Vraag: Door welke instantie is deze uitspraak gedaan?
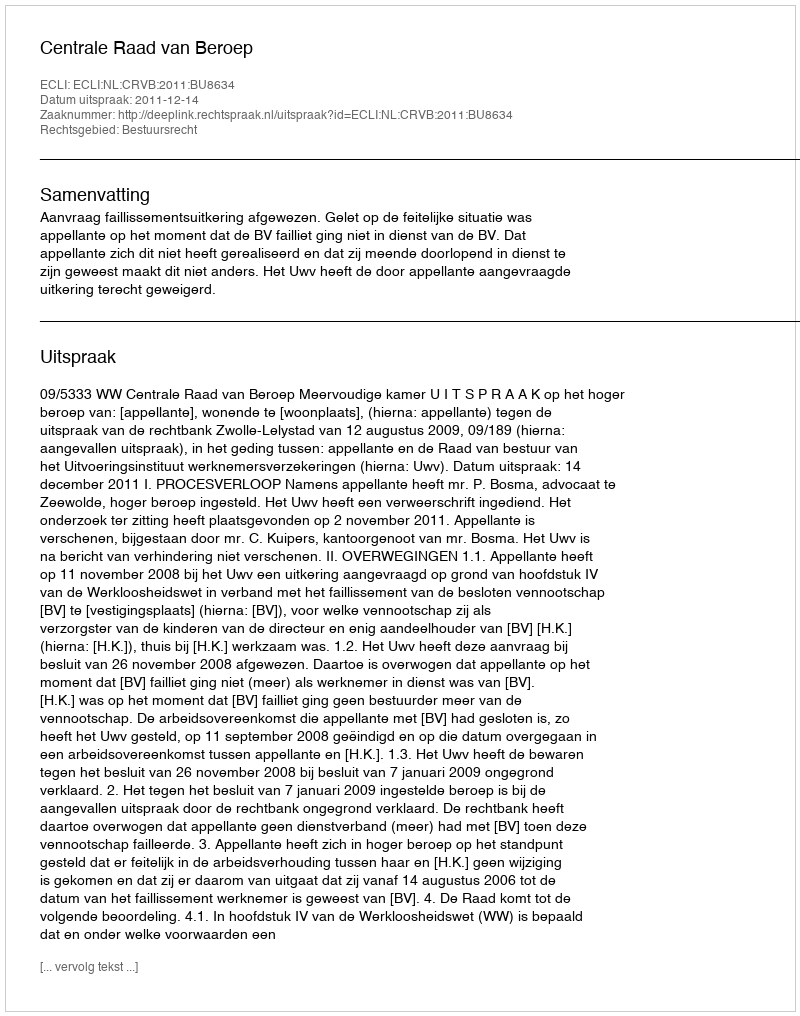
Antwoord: Centrale Raad van Beroep